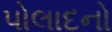
પોલાદનો